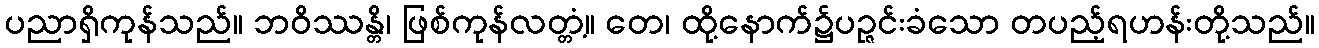
ပညာရှိကုန်သည်။ ဘဝိဿန္တိ၊ ဖြစ်ကုန်လတ္တံ့။ တေ၊ ထို့နောက်၌ပဉ္ဇင်းခံသော တပည့်ရဟန်းတို့သည်။